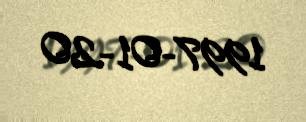
1997-01-20